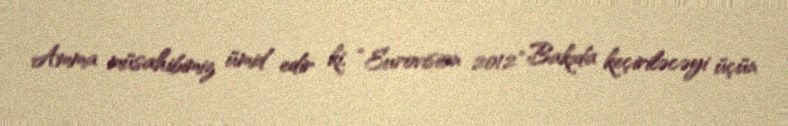
Amma müsahibimiz ümid edir ki, “Eurovision 2012" Bakıda keçiriləcəyi üçün